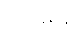
ရှိဦးမည်